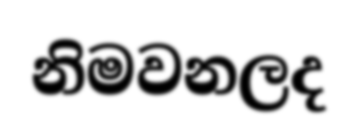
නිමවනලද